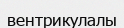
вентрикулалы